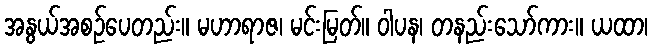
အနွယ်အစဉ်ပေတည်း။ မဟာရာဇ၊ မင်းမြတ်။ ဝါပန၊ တနည်းသော်ကား။ ယထာ၊